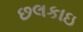
છલકાઇ